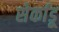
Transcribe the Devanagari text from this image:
सेर्काडू